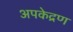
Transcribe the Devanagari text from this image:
अपकेद्रण